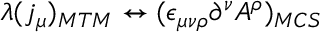
\lambda ( j _ { \mu } ) _ { M T M } \leftrightarrow ( \epsilon _ { \mu \nu \rho } \partial ^ { \nu } A ^ { \rho } ) _ { M C S }